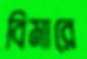
বিমারে